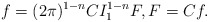
\begin{align*}f=(2\pi)^{1-n}C I_1^{1-n}F,F=Cf.\end{align*}